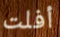
أفلت